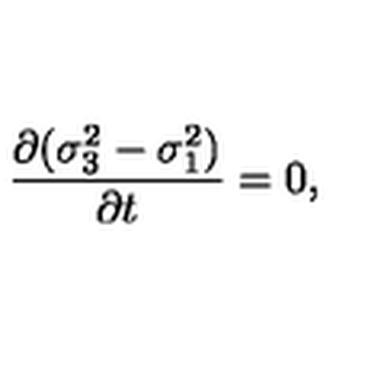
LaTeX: { \frac { \partial ( \sigma _ { 3 } ^ { 2 } - \sigma _ { 1 } ^ { 2 } ) } { \partial t } } = 0 ,